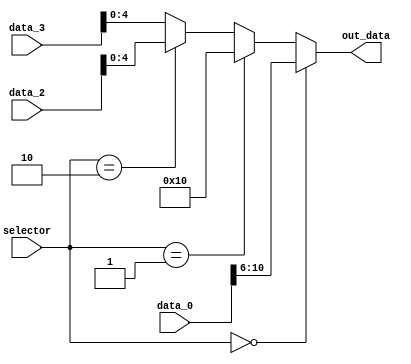
module mux_muxShft (
    input wire      [1:0]       selector,
    input wire      [31:0]      data_0,
    input wire      [31:0]      data_2,
    input wire      [31:0]      data_3,
    output wire     [4:0]      out_data
);
    
    assign out_data = (selector == 2'b00) ? data_0[10:6]                         :
                      (selector == 2'b01) ? 5'b10000                             :
                      (selector == 2'b10) ? data_2[4:0]                          :
                      data_3[4:0];

endmodule